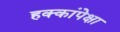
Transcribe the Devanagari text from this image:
हक्कांपेक्षा